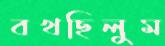
বখছিলুম